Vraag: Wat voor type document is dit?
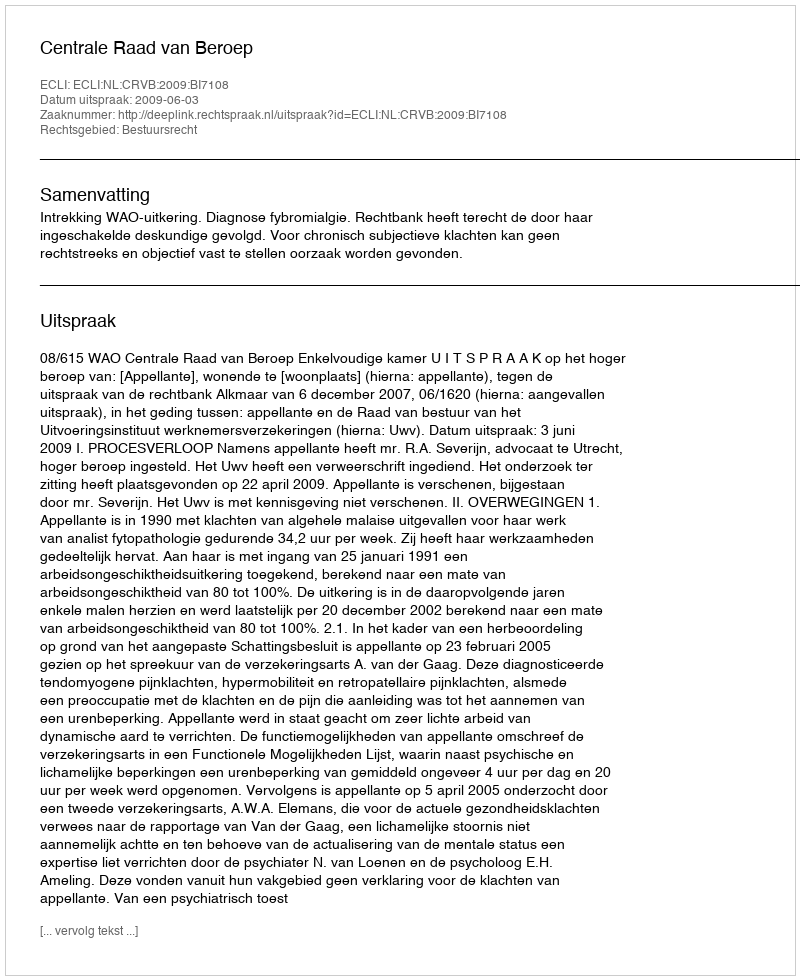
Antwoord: Uitspraak